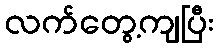
လက်တွေ့ကျပြီး